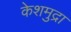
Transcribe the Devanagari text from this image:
केशमुद्रा